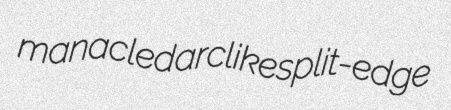
manacled arclike split-edge